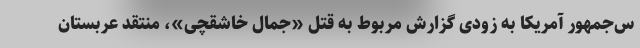
س‌جمهور آمریکا به زودی گزارش مربوط به قتل «جمال خاشقچی»، منتقد عربستان